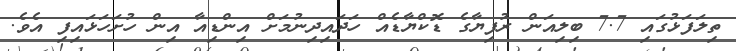
ތިލަފަޅުގައި 7.7 ބިލިއަން ރުފިޔާގެ ޑޮކްޔާޑެއް ހަދައިދިނުމަށް އިންޑިއާ އިން ހުށަހަޅައިފި އެވެ.